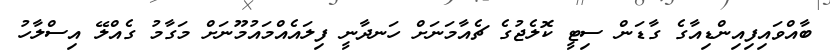
ބާއްވައިފިއިންޑިއާގެ ގާޑަން ސިޓީ ކޮލެޖުގެ ޗެއާމަނަށް ހަނދާނީ ފިލައެއްމައުމޫނަށް މަގާމު ގެއްލޭ އިސްލާހު